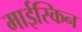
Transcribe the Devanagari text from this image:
माईस्किन